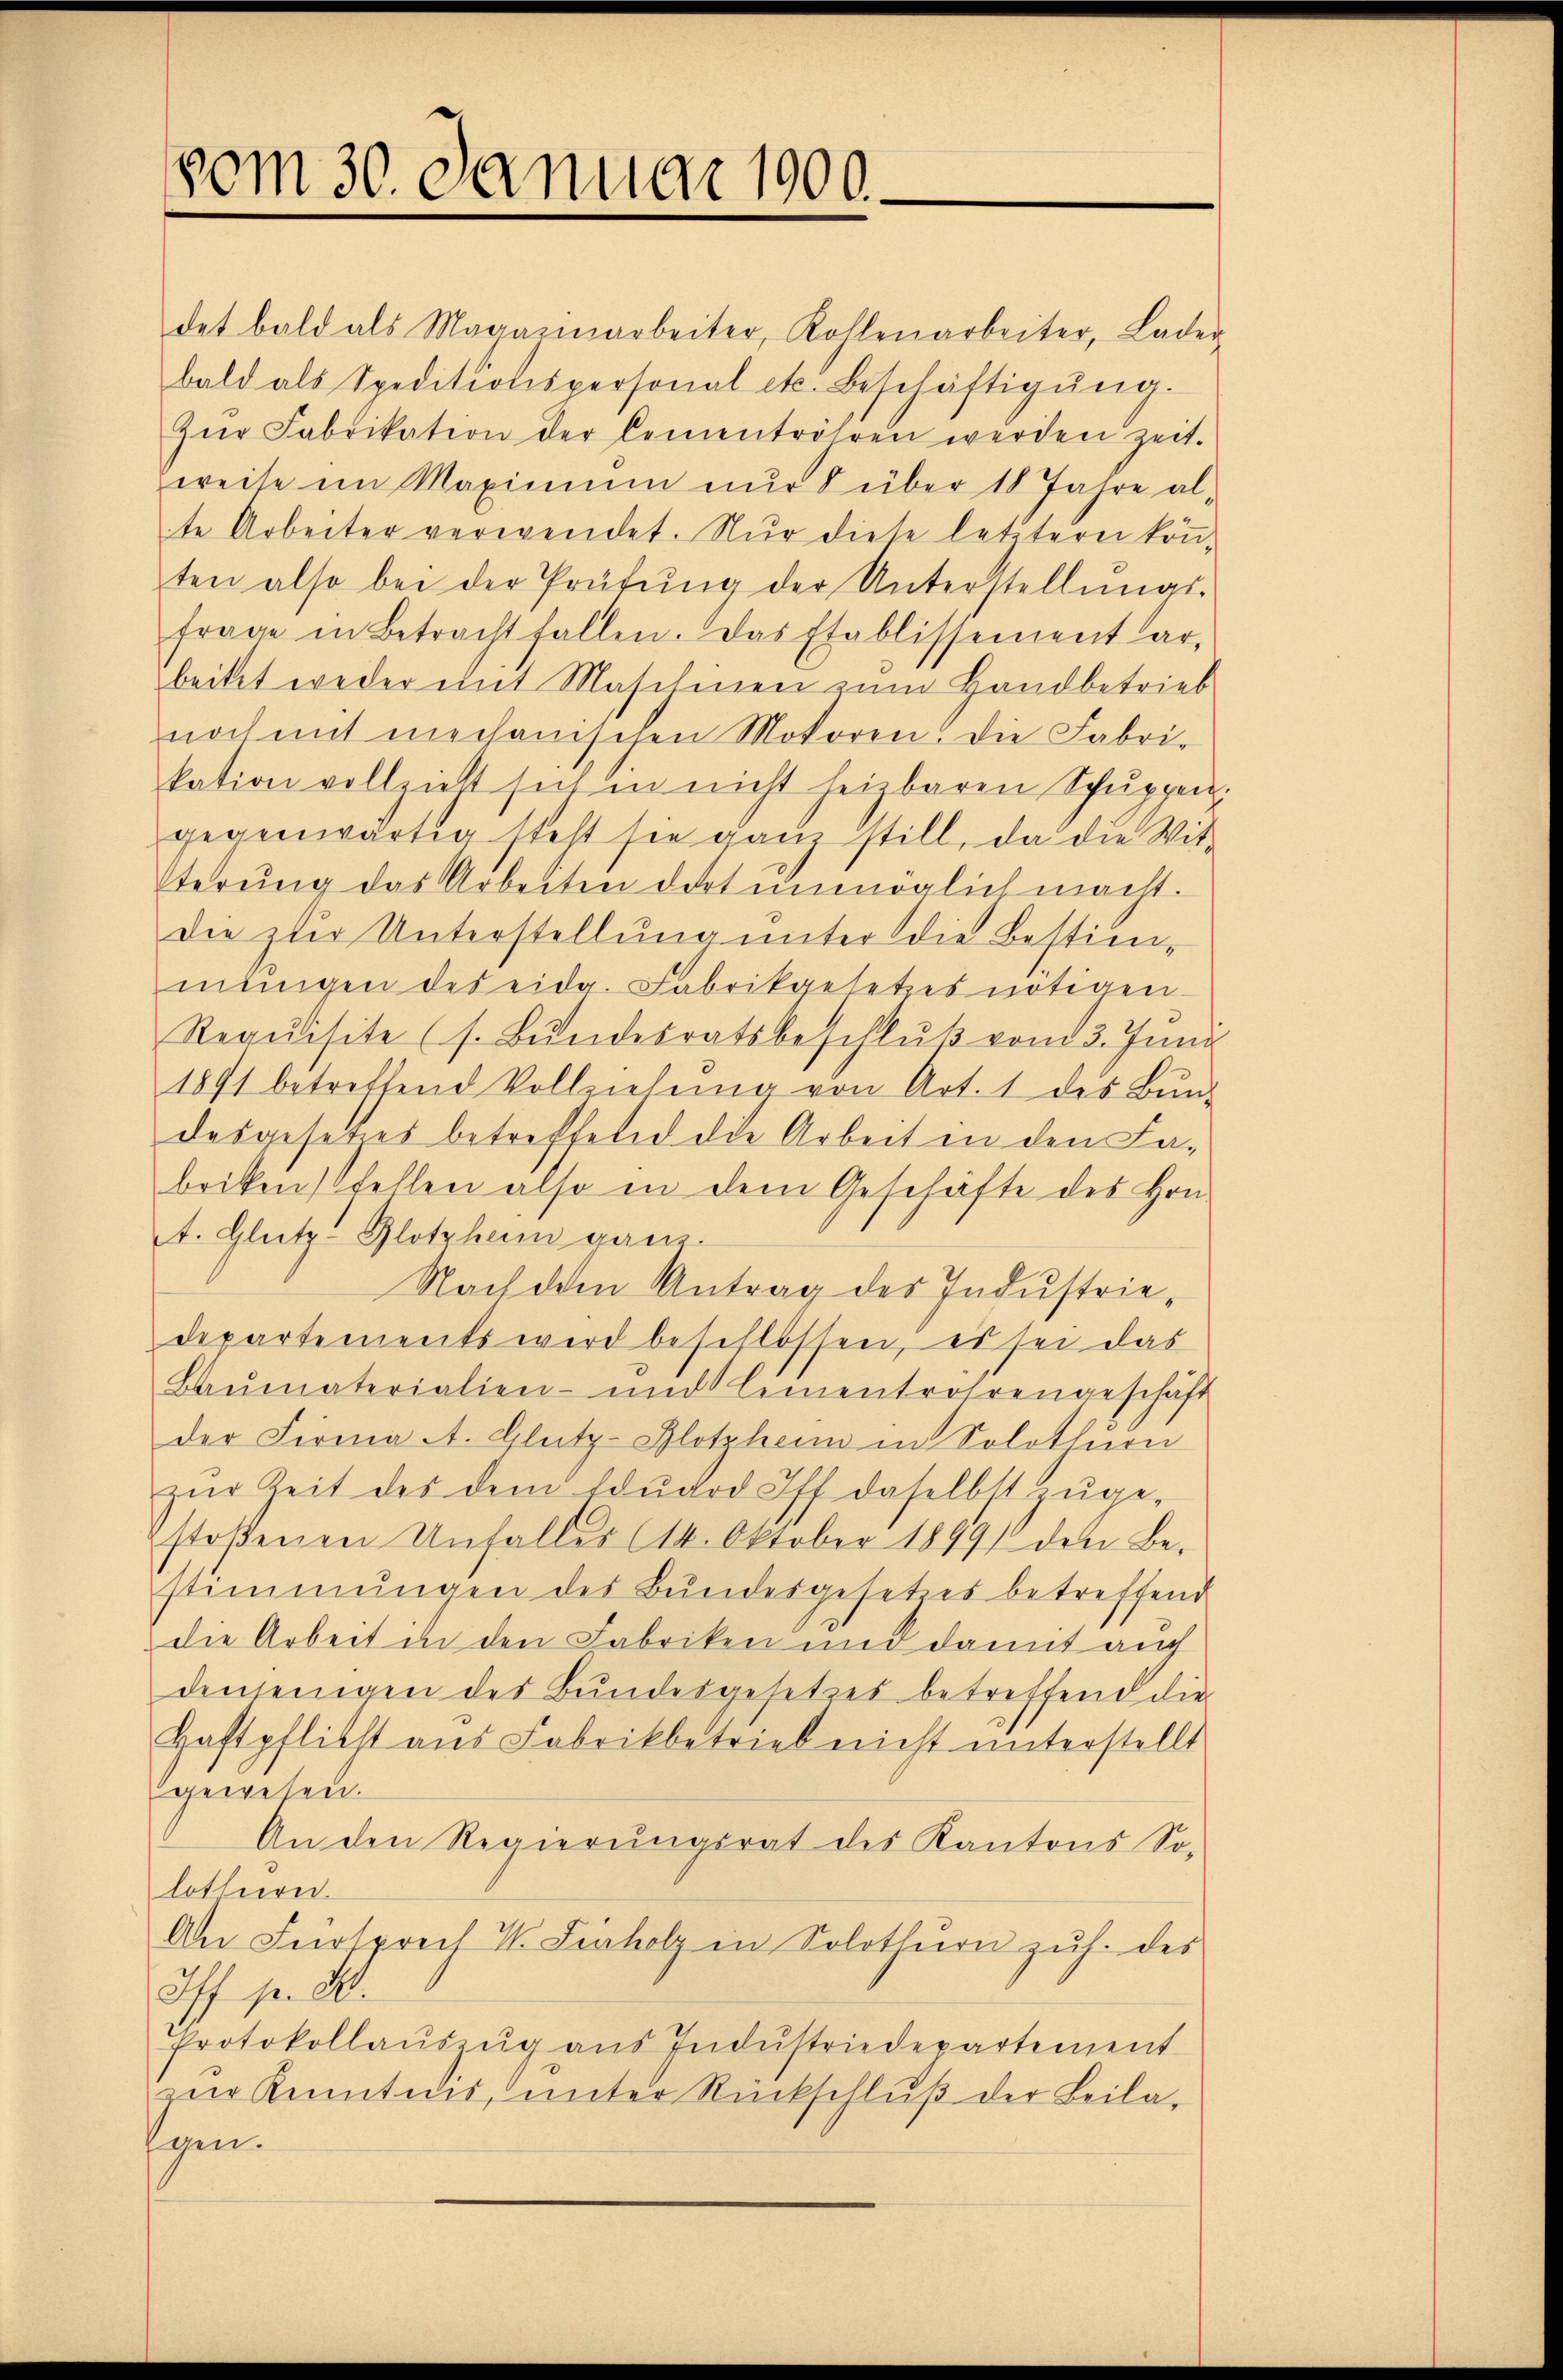
vom 30. Januar 1900.

det bald als Magazinarbeiter, Kollenarbeiter, Lader
bald als Speditionspersonal etc. Beschäftigŭng.
Zŭr Fabrikation der Cementröhren werden zeit.
weise im Maximum nur über 18 Jahre al
te Arbeiter verwendet. Nur diese letztern kön-
ten also bei der Prüfŭng der Unterstellŭngs-
frage in Betracht fallen. Das Etablissement ar-
beitet weder mit Maschinen zum Handbetrieb
noch mit mechanischen Motoren: Die Fabri-
kation vollzieht sich in nicht heizbaren Schŭppen
gegenwärtig steht sie gan still, da die Witterŭng das Arbeiten dort unmöglich macht.
die zur Unterstellung unter die Bestimmŭngen des eidg. Fabrikgesetzes nötigen
Requisite (s. Bŭndesratsbeschlŭβ vom 3. Juni
1891 betreffend Vollziehŭng von Art. 1 des Bŭn-
desgesetzes betreffend die Arbeit in den Labrikenfellen also in dem Geschäfte des Hrn.
. Glutz, Glotzham ganz
Nach dem Antrag des Industriedepartements wird beschlossen, es sei das
Baŭmaterialien- und Lementrohrengeschäft
der Firma A. Glutz-Blotzheim in Solothurn
zŭr Zeit des dem Edŭard Iff daselbst zŭge-
stoßenen Unfalles (14. Oktober 1899 den Be-
stimmungen des Bŭndesgesetzes betreffend
die Arbeit in den Fabriken und damit auch
denjenigen des Bundesgesetzes betreffend die
Haftpflicht aus Fabrikbetrieb nicht unterstellt
gewesen.
An den Regierŭngsrat des Kantons So-
lothurer.
An Fürsprech W. Fürholz in Solothurn zuh. des
Iff. pr. W.
Protokollaŭszŭg aŭs Indŭstriedepartement
zur Kenntnis, unter Rückschluß der Beilagen.